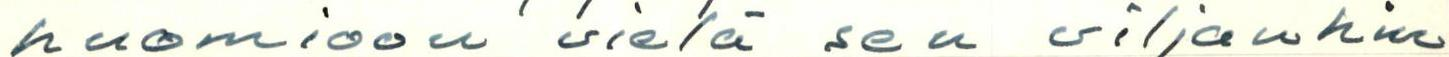
huomioon vielä sen viljanhin